Leaving Certificate Examination (including Day School Certificate (Higher) General paper), 1931
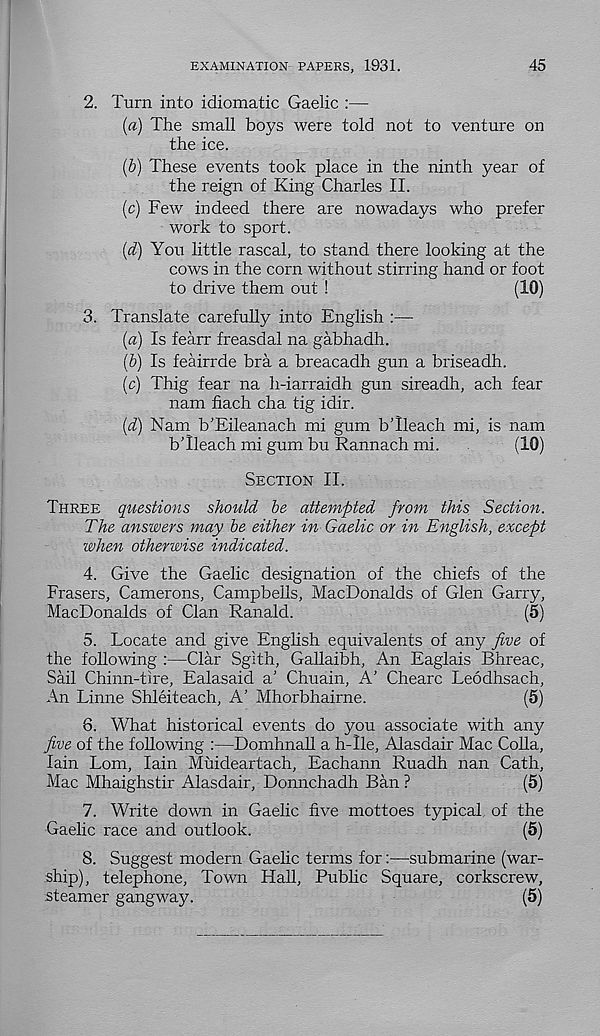
EXAMINATION PAPERS, 1931.
45
2. Turn into idiomatic Gaelic :—
(a) The small boys were told not to venture on
the ice.
(b) These events took place in the ninth year of
the reign of King Charles II.
(c) Few indeed there are nowadays who prefer
work to sport.
(d) You little rascal, to stand there looking at the
cows in the corn without stirring hand or foot
to drive them out !
(10)
3. Translate carefully into English :—
(a) Is fearr freasdal na gabhadh.
(b) Is feairrde bra a breacadh gun a briseadh.
(c) Thig fear na h-iarraidh gun sireadh, ach fear
nam fiach cha tig idir.
(d) Nam b’Eileanach mi gum bTleach mi, is nam
bTleach mi gum bu Rannach mi.
(10)
Section II.
Three questions should be attempted from this Section.
The answers may be either in Gaelic or in English, except
when otherwise indicated.
4. Give the Gaelic designation of the chiefs of the
Frasers, Camerons, Campbells, MacDonalds of Glen Garry,
MacDonalds of Clan Ranald.
(5)
5. Locate and give English equivalents of any five of
the following :—Clar Sgith, Gallaibh, An Eaglais Bhreac,
Sail Chinn-tire, Ealasaid a’ Chuain, A' Chearc Leodhsach,
An Linne Shleiteach, A’ Mhorbhairne.
(5j
8. What historical events do you associate with any
five of the following :—Domhnall a h-Ile, Alasdair Mac Colla,
Iain Lorn, Iain Muideartach, Eachann Ruadh nan Cath,
Mac Mhaighstir Alasdair, Donnchadh Ban ?
(5)
7. Write down in Gaelic five mottoes typical of the
Gaelic race and outlook.
(5)
8. Suggest modern Gaelic terms for:—submarine (war-
ship), telephone. Town Hall, Public Square, corkscrew,
steamer gangway.
(5)